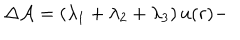
\Delta { \cal A } = \left( \lambda _ { 1 } + \lambda _ { 2 } + \lambda _ { 3 } \right) u ( r ) -